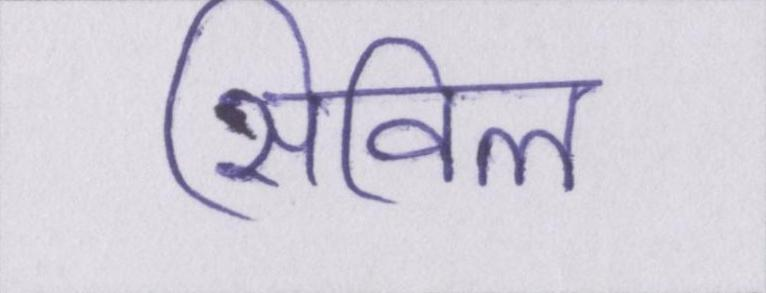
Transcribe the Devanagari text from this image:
सिविल